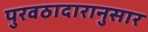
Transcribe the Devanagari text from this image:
पुरवठादारानुसार